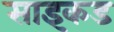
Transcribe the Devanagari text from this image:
साइकड